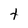
Character: t